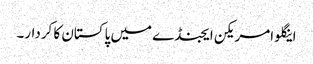
اینگلو امریکن ایجنڈے میں پاکستان کا کردار۔